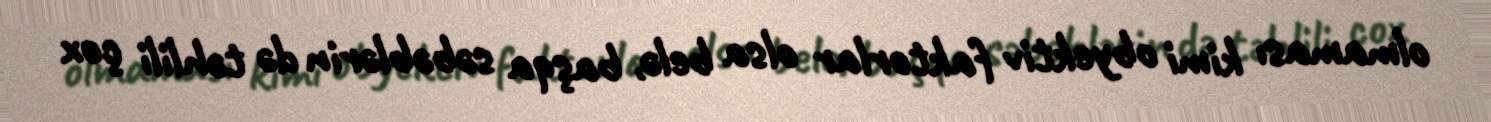
olmaması kimi obyektiv faktorlar olsa belə, başqa səbəblərin də təhlili çox